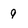
Character: q